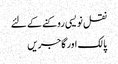
نقل نویسی روکنے کے لئے
پالک اور گاجریں